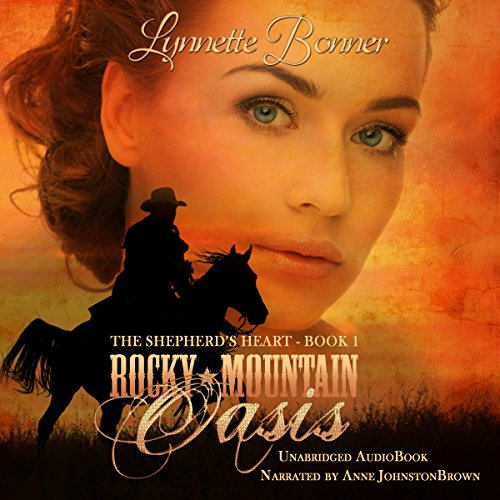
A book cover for Rocky Mountain Oasis: The Shepherd's Heart, Book 1; Lynnette Bonner; Romance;